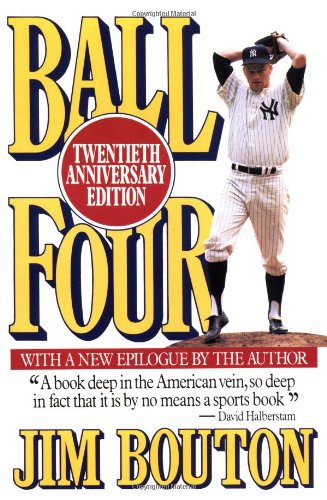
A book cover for Ball Four: Twentieth Anniversary Edition; Jim Bouton; Sports & Outdoors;